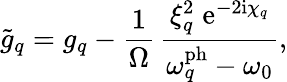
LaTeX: \tilde{g}_{q}=g_{q}-\frac{1}{\Omega}\, \frac{\xi_{q}^{2}\; \mathrm{e}^{-2\mathrm{i}\chi_{q}}}{\omega_{q}^{\mathrm{ph}}-\omega_{0}},